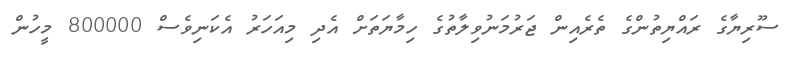
ސޫރިޔާގެ ރައްޔިތުންގެ ތެރެއިން ޖަރުމަނުވިލާތުގެ ހިމާޔަތަށް އެދި މިއަހަރު އެކަނިވެސް 800000 މީހުން